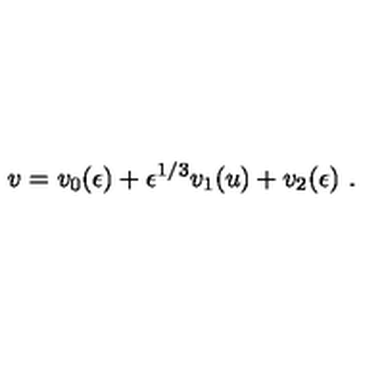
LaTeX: v = v _ { 0 } ( \epsilon ) + \epsilon ^ { 1 / 3 } v _ { 1 } ( u ) + v _ { 2 } ( \epsilon ) \ .